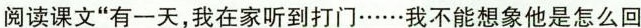
阅读课文”有一天，我在家听到打门……我不能想象他是怎么回